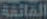
القائمة